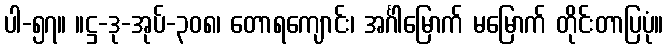
ပါ-၅၇။ ။ဋ္ဌ-ဒု-အုပ်-၃၀၈၊ တောရကျောင်း၊ အင်္ဂါမြောက် မမြောက် တိုင်းတာပြပုံ။